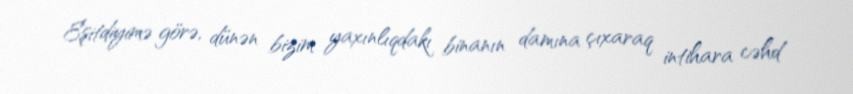
Eşitdiyimə görə, dünən bizim yaxınlıqdakı binanın damına çıxaraq intihara cəhd